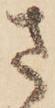
さ